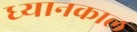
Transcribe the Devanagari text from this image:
ध्यानकाल